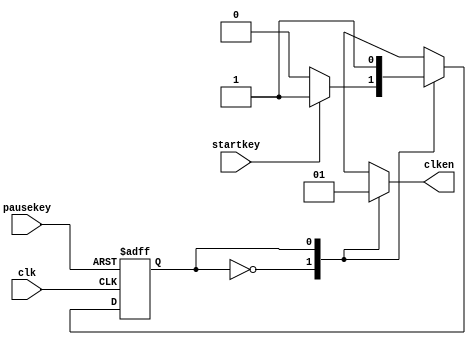
module StartCtrl (clk,startkey,pausekey,clken);
    input startkey,clk,pausekey;
    output clken;
    reg state,next_state,clken;
    parameter INIT = 1'b0,EN = 1'b1;

    always @(posedge clk or posedge pausekey) begin //state register
        if(pausekey) begin
            state <= INIT;
        end
        else begin
            state <= next_state;
        end
    end

    always @(startkey or state) begin //next state function
        case (state)
            INIT: next_state <= startkey ? EN : INIT;
            EN: next_state <= EN;
        endcase
    end
    
    always@(startkey or state) begin //output function
        case (state)
            INIT: clken <= 1'b0;
            EN: clken <= 1'b1;
        endcase
    end
    
endmodule //StartCtrl